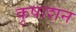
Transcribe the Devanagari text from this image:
कुषाशन